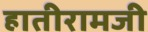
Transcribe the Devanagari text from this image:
हातीरामजी